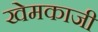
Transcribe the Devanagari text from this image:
खेमकाजी